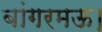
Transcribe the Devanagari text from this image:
बांगरमऊ।